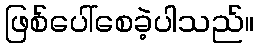
ဖြစ်ပေါ်စေခဲ့ပါသည်။